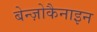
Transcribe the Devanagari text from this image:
बेन्ज़ोकैनाइन